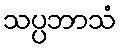
သပ္ပဘာသံ